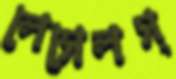
লেসেলস্